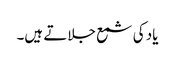
یاد کی شمع جلاتے ہیں۔